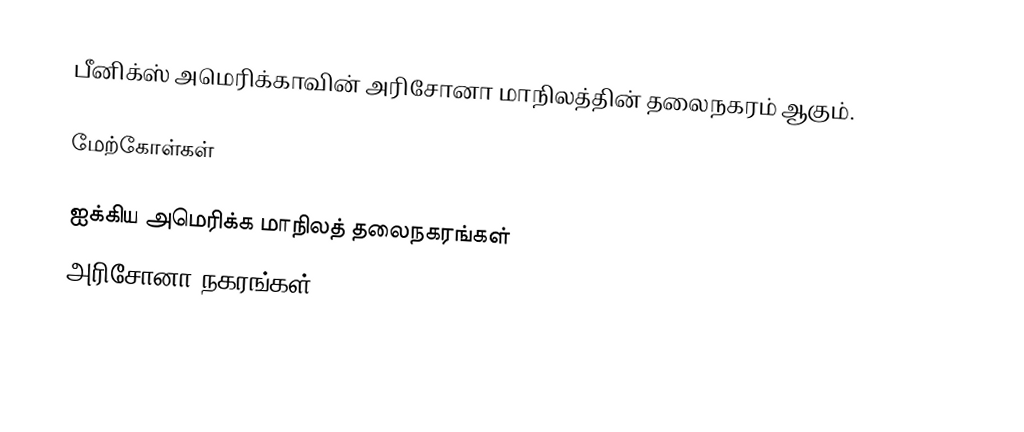
பீனிக்ஸ் அமெரிக்காவின் அரிசோனா மாநிலத்தின் தலைநகரம் ஆகும்.

மேற்கோள்கள்

ஐக்கிய அமெரிக்க மாநிலத் தலைநகரங்கள்
அரிசோனா நகரங்கள்